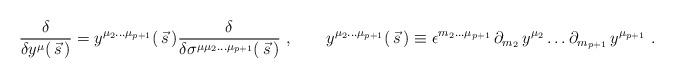
LaTeX: \begin{align*}{\delta\over \delta y^\mu( \,\vec s \, )}= y^{\mu_2\dots \mu_{p+1}}(\, \vec s \, ) {\delta\over \delta\sigma^{\mu\mu_2\dots \mu_{p+1} }(\, \vec s\, )} \ ,\qquad y^{\mu_2\dots \mu_{p+1}}(\, \vec s \, )\equiv \epsilon^{m_2\dots\mu_{p+1}}\, \partial_{m_2}\, y^{\mu_2}\dots \partial_{m_{p+1}}\, y^{\mu_{p+1}}\ .\end{align*}